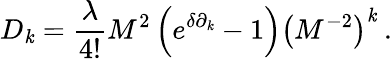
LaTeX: D_{\mathit{k}}=\frac{{\lambda}}{{4!}}M^{2}\left(e^{\delta\partial_{\mathit{k}}}-1\right)\left(M^{-2}\right)^{\mathit{k}}\: .